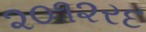
૨૦૧૨રદ